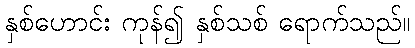
နှစ်ဟောင်း ကုန်၍ နှစ်သစ် ရောက်သည်။